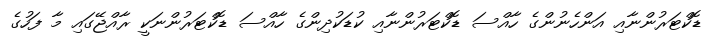
ޑޮކްޓަރުންނާއި އަންހެނުންގެ ހާއްސަ ޑޮކްޓަރުންނާއި ކުޑަކުދިންގެ ހާއްސަ ޑޮކްޓަރުންނަކީ ރާއްޖޭގައި މާ ފަހުގެ